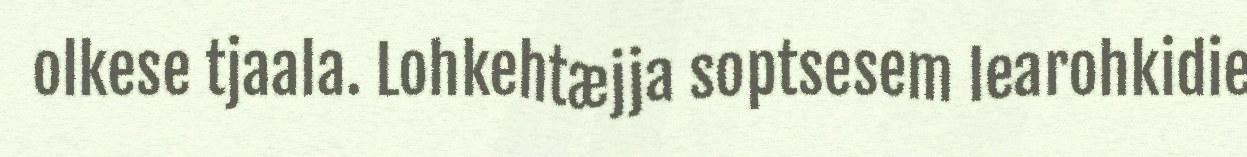
olkese tjaala. Lohkehtæjja soptsesem learohkidie